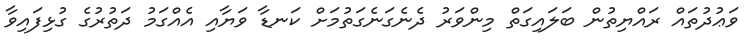
ވަޢުދުތައް ރައްޔިތުން ބަލައިގަތް މިންވަރު ދެނެގަނެގަތުމަށް ކަނޑާ ވަޔާއި އެއްގަމު ދަތުރުގެ ގުޅިފައިވާ